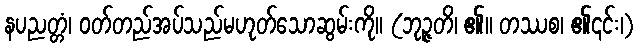
နပညတ္တံ၊ ဝတ်တည်အပ်သည်မဟုတ်သောဆွမ်းကို။ (ဘုဉ္ဇတိ၊ ၏။ တဿစ၊ ၏၎င်း၊)